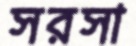
সরসা